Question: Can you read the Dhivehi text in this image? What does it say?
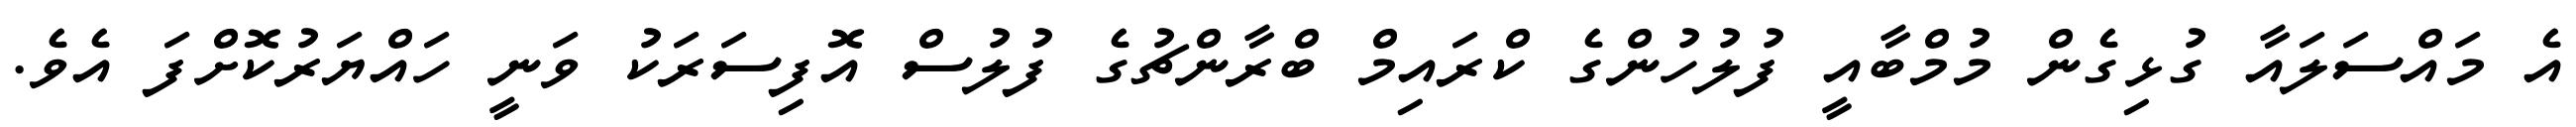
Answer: އެ މައްސަލައާ ގުޅިގެން މުމްބާއީ ފުލުހުންގެ ކްރައިމް ބްރާންޗުގެ ފުލުސް އޮފިސަރަކު ވަނީ ހައްޔަރުކޮށްފަ އެވެ.